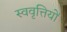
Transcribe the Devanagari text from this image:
स्ववृत्तियों